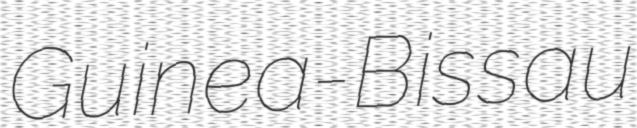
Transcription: Guinea-Bissau